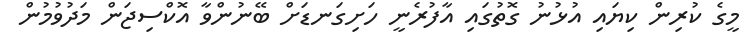
މީގެ ކުރިން ކިޔައި އުޅުނު ގޮތުގައި އާފުރެނީ ހަށިގަނޑަށް ބޭނުންވާ އޮކްސިޖަން މަދުވުމުން